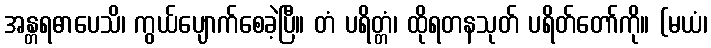
အန္တရဓာပေသိ၊ ကွယ်ပျောက်စေခဲ့ပြီ။ တံ ပရိတ္တံ၊ ထိုရတနသုတ် ပရိတ်တော်ကို။ (မယံ၊